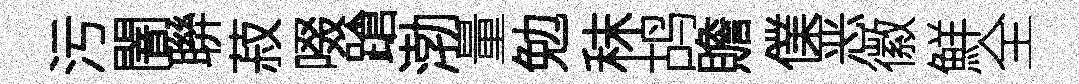
污闇聨菽啜蹌渤量勉秣鸪贍㒒恶徽鮮全